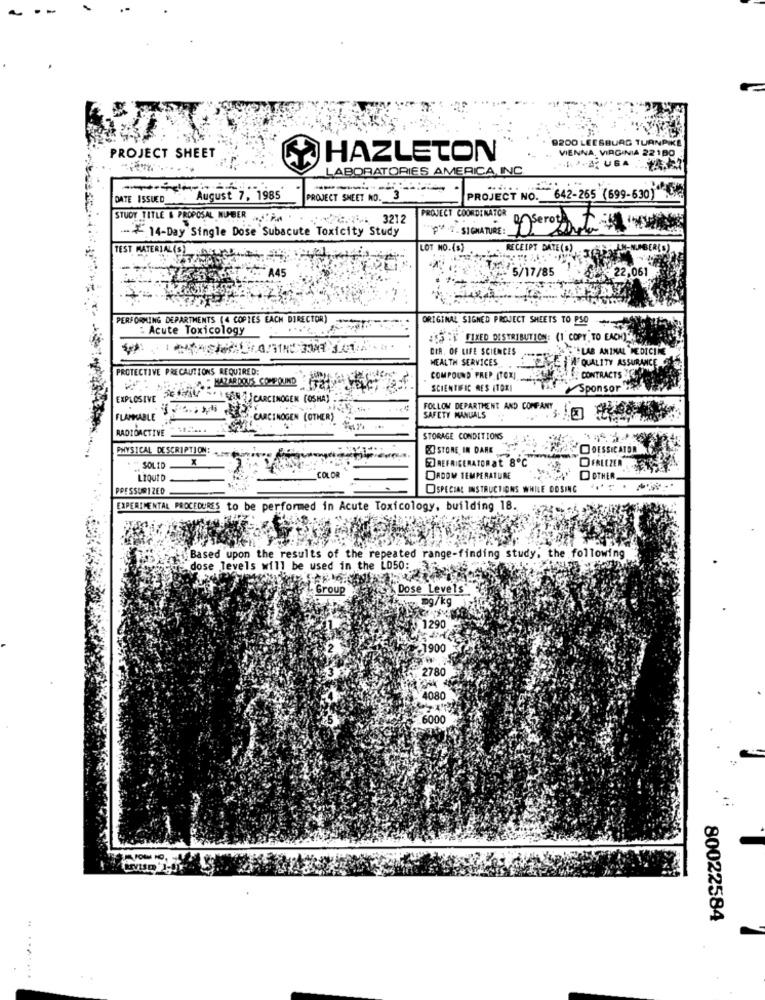
9200 LEESBURG TURNPIK
VIENNA, VIRGINIA 22180
PROJECT SHEET
HAZLETON
LABORATORIES AMERICA, INC.
-----
DATE ISSUED . August 7, 1985
PROJECT SMEET NO. 3
PROJECT NO. 642-265 (699-630) **
PROJECT COORDINATOR
STUDY TITLE & PROPOSAL NUMBER .S. P.A
E.t. 3212
- 14-Day Single Dose Subacute Toxicity Study
P" T. SIGNATURE :
Iserat the
LOT NO. (S)
RECEIPT DATE(S)
TEST MATERIAL(S) . h&
5/17/85
A45
22,061
PERFORMING DEPARTMENTS (4 COPIES EACH DIRECTOR)
ORIGINAL SIGHED PROJECT SHEETS TO P30
: Acute Toxicology
S : FIXED DISTRIBUTION: (1 COPY TO EACH)
DIR. OF LIFE SCIENCES
"LAB ANIMAL "MEDICINE
HEALTH SERVICES
A QUALITY ASSURANCE
PROTECTIVE PRECAUTIONS REQUIRED:
COMPOUND PREP (TOXI
CONTRACTS
Sponsor HAR
SCIENTIFIC RES ITOXI
EXPLOSIVE DE SEASRYANCARCINOGEN [OSHA)
FOLLOW DEPARTMENT AND COMPANY
FLAMMABLE
SAFETY MANUALS
RADIOACTIVE
CARCINOGEN (OTHER).
STORAGE CONDITIONS
PHYSICAL DESCRIPTION:
STORE IN DARK
DOESSICATON
X
EZ REFRIGERATORat 8℃
SOLID
DFBLEZER
LIQUID
COLOR
DADOM TEMPERATURE
OTHER
PRESSURIZED
SPECIAL INSTRUCTIONS WHILE DOSING
EXPERIMENTAL PROCEDURES to be performed in Acute Toxicology, building 18.
Based upon the results of the repeated range-finding study, the following
dose levels will be used in the LD50: 3
Group
Dose Levels*
mg/kg
1290
-1900
2780
4080
6000
80022584